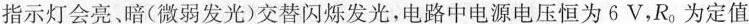
指示灯会亮、暗(微弱发光)交替闪烁发光，电路中电源电压恒为6V，R_{0}为定值